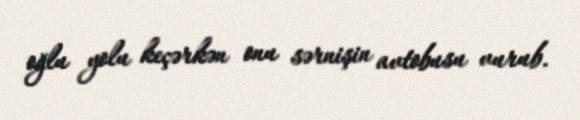
oğlu yolu keçərkən onu sərnişin avtobusu vurub.